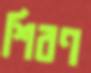
শিরণ